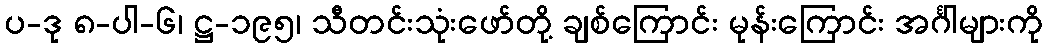
ပ-ဒု ၈-ပါ-၆၊ ဋ္ဌ-၁၉၅၊ သီတင်းသုံးဖော်တို့ ချစ်ကြောင်း မုန်းကြောင်း အင်္ဂါများကို